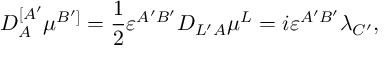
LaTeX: { \cal D } _ { A } ^ { [ A ^ { \prime } } \mu ^ { B ^ { \prime } ] } = \frac { 1 } { 2 } \varepsilon ^ { A ^ { \prime } B ^ { \prime } } { \cal D } _ { L ^ { \prime } A } \mu ^ { L } = i \varepsilon ^ { A ^ { \prime } B ^ { \prime } } \lambda _ { C ^ { \prime } } ,